Report of the Bombay Veterinary College
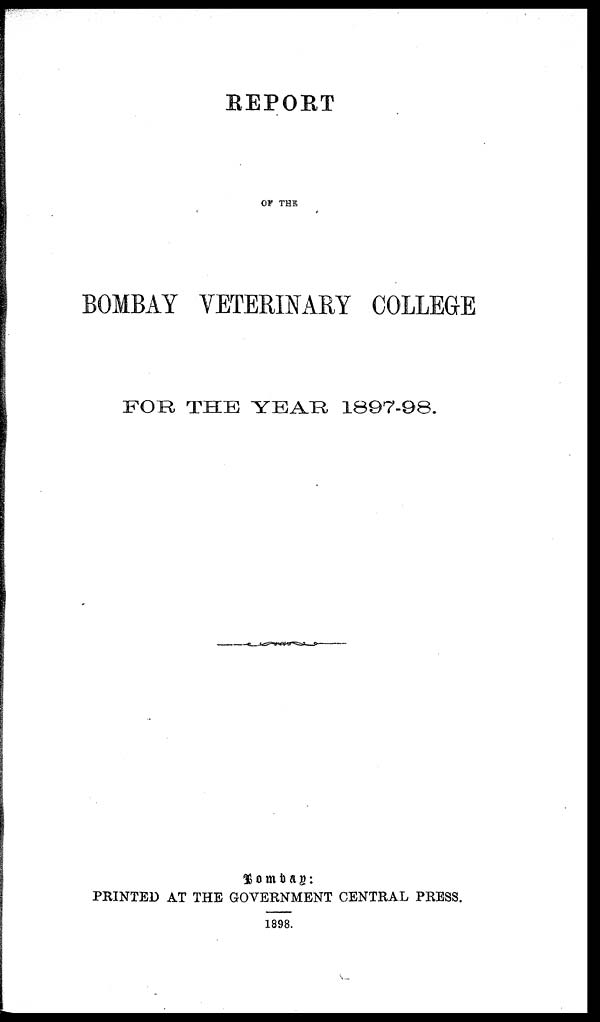
REPORT
OF THE
BOMBAY VETERINARY COLLEGE
FOR THE YEAR 1897-98.
Bombay :
PRINTED AT THE GOVERNMENT CENTRAL PRESS.
1898.